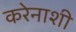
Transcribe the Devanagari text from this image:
करेनाशी